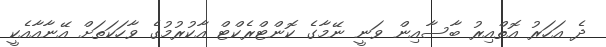
ދެ އަހަރު އޮތްއިރު ބާސާއިން ވަނީ ނޭމާގެ ކޮންޓްރެކްޓް އާކުރުމުގެ ވާހަކަތަށް އޭނާއާއެކީ